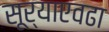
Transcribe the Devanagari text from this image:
सूर्याएवढा